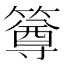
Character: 𥳰